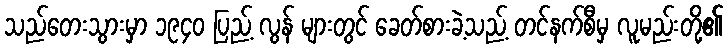
သည်တေးသွားမှာ ၁၉၄၀ ပြည့် လွန် များတွင် ခေတ်စားခဲ့သည့် တင်နက်စီမှ လူမည်းတို့၏